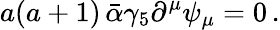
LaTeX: a(a+1)\, \bar{\alpha}\gamma_{5}\partial^{\mu}\psi_{\mu}=0\, .